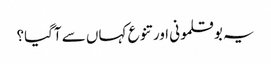
یہ بوقلمونی اور تنوع کہاں سے آگیا؟